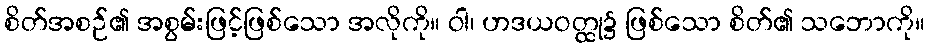
စိတ်အစဉ်၏ အစွမ်းဖြင့်ဖြစ်သော အလိုကို။ ဝါ၊ ဟဒယဝတ္ထု၌ ဖြစ်သော စိတ်၏ သဘောကို။